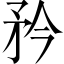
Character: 矜